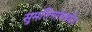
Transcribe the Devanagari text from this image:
सुमतिनाथचरित